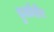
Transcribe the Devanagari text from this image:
डुर्लाशेर